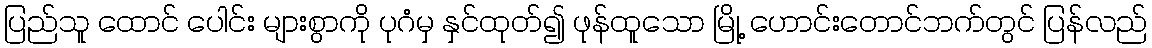
ပြည်သူ ထောင် ပေါင်း များစွာကို ပုဂံမှ နှင်ထုတ်၍ ဖုန်ထူသော မြို့ ဟောင်းတောင်ဘက်တွင် ပြန်လည်